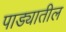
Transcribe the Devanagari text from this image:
पाड्यातील